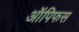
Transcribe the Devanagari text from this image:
ऑपिफस